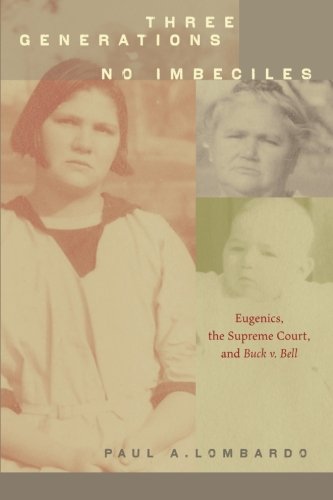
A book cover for Three Generations, No Imbeciles: Eugenics, the Supreme Court, and Buck v. Bell; Paul A. Lombardo; Medical Books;